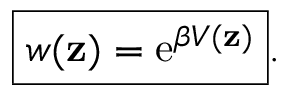
\boxed { w ( \mathbf { z } ) = \operatorname { e } ^ { \beta V ( \mathbf { z } ) } } .